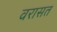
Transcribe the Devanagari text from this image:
वरासत